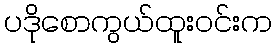
ပဒိုစောကွယ်ထူးဝင်းက